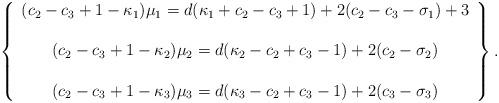
LaTeX: \begin{align*}\left\{ \begin{array}{c} (c_{2}-c_{3}+1-\kappa_{1})\mu_{1}=d(\kappa_{1}+c_{2}-c_{3}+1)+2(c_{2}-c_{3}-\sigma_{1})+3 \\ \\ (c_{2}-c_{3}+1-\kappa_{2})\mu_{2}=d(\kappa_{2}-c_{2}+c_{3}-1)+2(c_{2}-\sigma_{2}) \\ \\ (c_{2}-c_{3}+1-\kappa_{3})\mu_{3}=d(\kappa_{3}-c_{2}+c_{3}-1)+2(c_{3}-\sigma_{3}) \\ \end{array}\right\}.\end{align*}